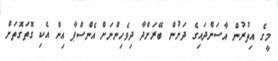
މީގެ އިތުރުން އާސަންދައިގެ ދަށުން ބޭރަށްދާ ދިވެހިންނަށް އެންސްޕާ އިން އެކި ގޮތަގޮތަށް